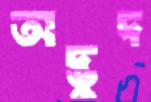
অদ্ভুদ